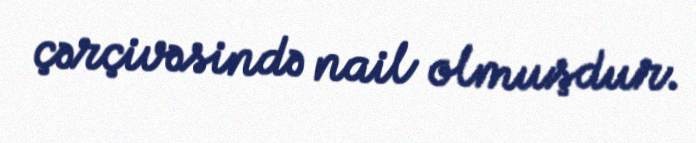
çərçivəsində nail olmuşdur.